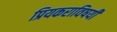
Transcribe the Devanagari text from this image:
प्रियकराविषयी